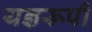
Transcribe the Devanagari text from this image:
यज्ञरूपी